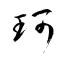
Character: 珂